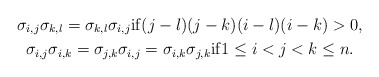
\begin{gather*}\sigma_{i,j} \sigma_{k,l}=\sigma_{k,l} \sigma_{i,j} {\rm if}(j-l)(j-k)(i-l)(i-k) > 0,\\ \sigma_{i,j} \sigma_{i,k}=\sigma_{j,k} \sigma_{i,j}=\sigma_{i,k} \sigma_{j,k} {\rm if} 1 \le i < j < k \le n.\end{gather*}